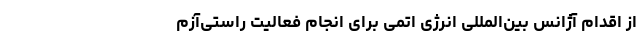
از اقدام آژانس‌ بین‌المللی انرژی اتمی برای انجام فعالیت راستی‌آزم